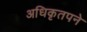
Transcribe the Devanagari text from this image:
अधिकृतपने